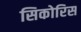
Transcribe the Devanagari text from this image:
सिकोरिस